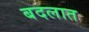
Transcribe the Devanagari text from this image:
बदलात